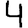
Digit: 4